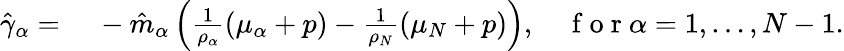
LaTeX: \begin{array}{rl}{\hat{\gamma}_{\alpha}=}&{{}~-\hat{m}_{\alpha}\left(\frac{1}{\rho_{\alpha}}\left(\mu_{\alpha}+p\right)-\frac{1}{\rho_{N}}\left(\mu_{N}+p\right)\right),\quad\mathrm{~f~o~r~}\alpha=1,\dots,N-1.}\end{array}